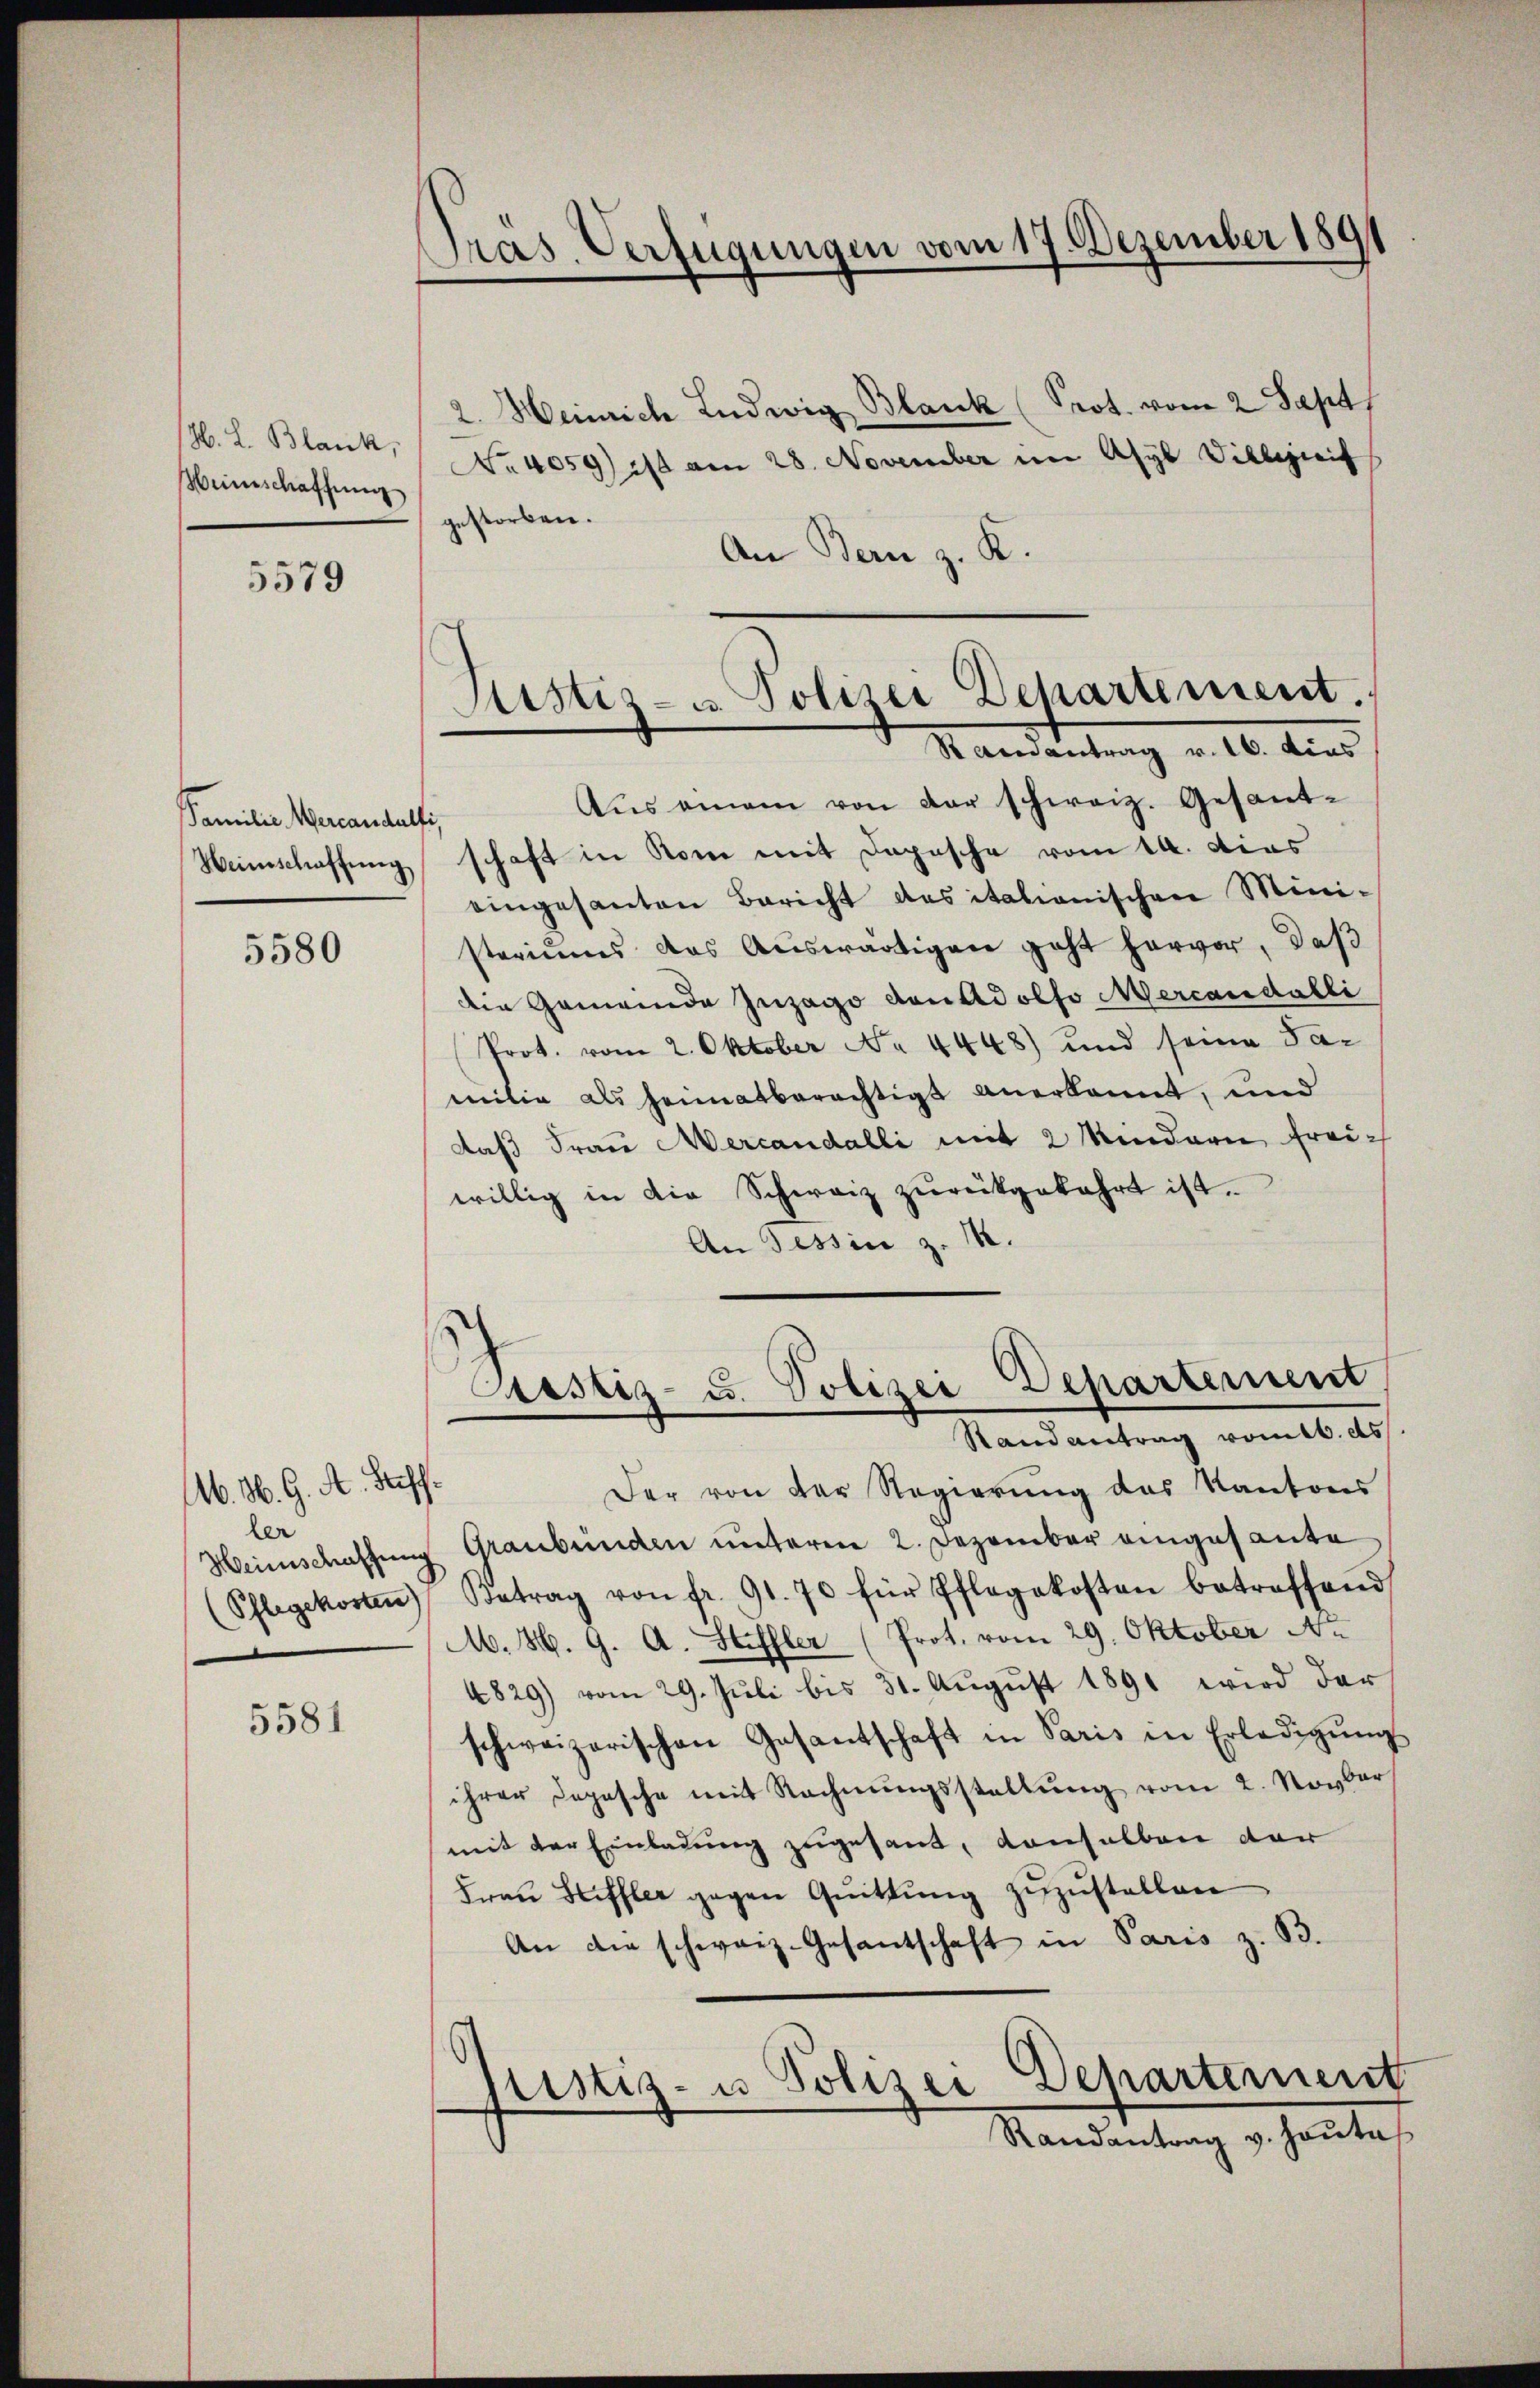
H. L. Blank,
Weinschaffnung

5579

Familie Mercandalfi,
Heimschaffung

5580

M. M. G. A. Hef
ler
(Pflegekosten

5581

Pras. Verfügungen vom 17. Dezember 1891

2. Heinrich Ludwig Blank (Prot. vom 2 Sept
No 4059) ist am 28. November im Asyl Villigreif
gestorben.
An Bern z. K.
Aŭs einem von der schweiz. Gesandschaft in Rome mit Depesche vom 14. dies
eingesanten Bericht des itationischen Ministeriums das Auswärtigen geht hervor, daß
die Gemeinde Inzago den Adolfo Mercandalli
Prot. vom 2. Oktober No 4448) und seine Sac
milie als heimatberechtigt anerkannt, und
daß Frau Mercandalli mit 2 Kindern freiwillig in die Schweiz zurückgekehrt ist.
An Tessin z. B.
Prustiz- u. Polizei Departement
Randantrag vom 16. ds
Der von der Regierung des Kantons
Heimschaffung Graubünden unterm 2. Dezember eingesante
Betrag von fr. 91. 70 für Pflegekosten betreffend
M. 86. 9. A. Heffler (Prot. vom 29. Oktober A.
4829) vom 29. Juli bis 31. Aŭgŭst 1891 wird der
schweizerischen Gasantschaft in Paris in Erledigŭng
ihrer Depesche mit Rechnŭngsstellŭng vom 2. Novber
mit der Einladung zugesant, denselben der
Fraŭ Heffler gegen Quittung zuzustellen
An die schweiz. Gesantschaft in Paris z. B.

Justiz- u. Polizei Departement.
Randantrag v. 16. dies

Justiz- u Polizei Departement
Randantrag v. Hauta